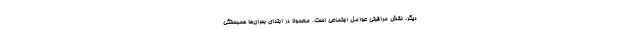
دیگر، نقش مراقبتی عوامل اجتماعی است. معمولا در ابتدای بحران‌ها همبستگی